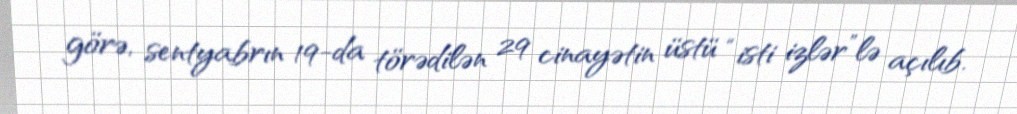
görə, sentyabrın 19-da törədilən 29 cinayətin üstü “isti izlər”lə açılıb.